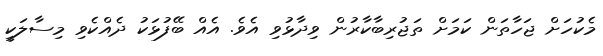
މެކުހަށް ޖަހާތަން ކަމަށް ތަޖުރިބާކާރުން ވިދާޅުވި އެވެ. އެއް ބޭފުޅަކު ދެއްކެވި މިސާލަކީ